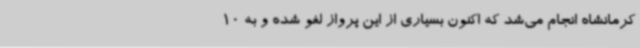
کرمانشاه انجام می‌شد که اکنون بسیاری از این پرواز لغو شده و به 10